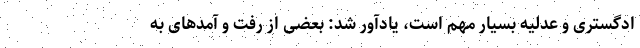
ادگستری و عدلیه بسیار مهم است، یادآور شد: بعضی از رفت و آمدهای به